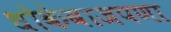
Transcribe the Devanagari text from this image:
धोकेबाजपणा